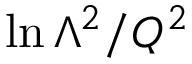
\ln \Lambda ^ { 2 } / Q ^ { 2 }